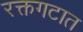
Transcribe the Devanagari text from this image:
रक्तगटात